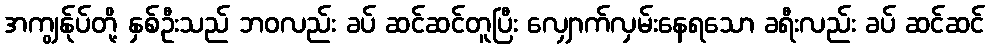
အကျွန်ုပ်တို့ နှစ်ဦးသည် ဘဝလည်း ခပ် ဆင်ဆင်တူပြီး လျှောက်လှမ်းနေရသော ခရီးလည်း ခပ် ဆင်ဆင်